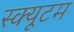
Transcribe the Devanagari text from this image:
स्क्यूटम